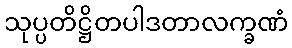
သုပ္ပတိဋ္ဌိတပါဒတာလက္ခဏံ